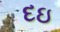
દઇ